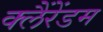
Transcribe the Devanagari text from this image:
क्लैंरेंडम